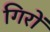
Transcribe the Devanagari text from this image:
गिरों